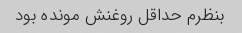
بنظرم حداقل روغنش مونده بود